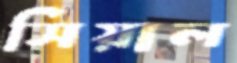
সিয়াল